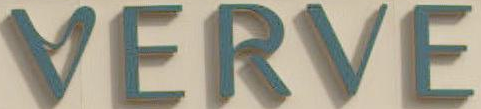
VERVE